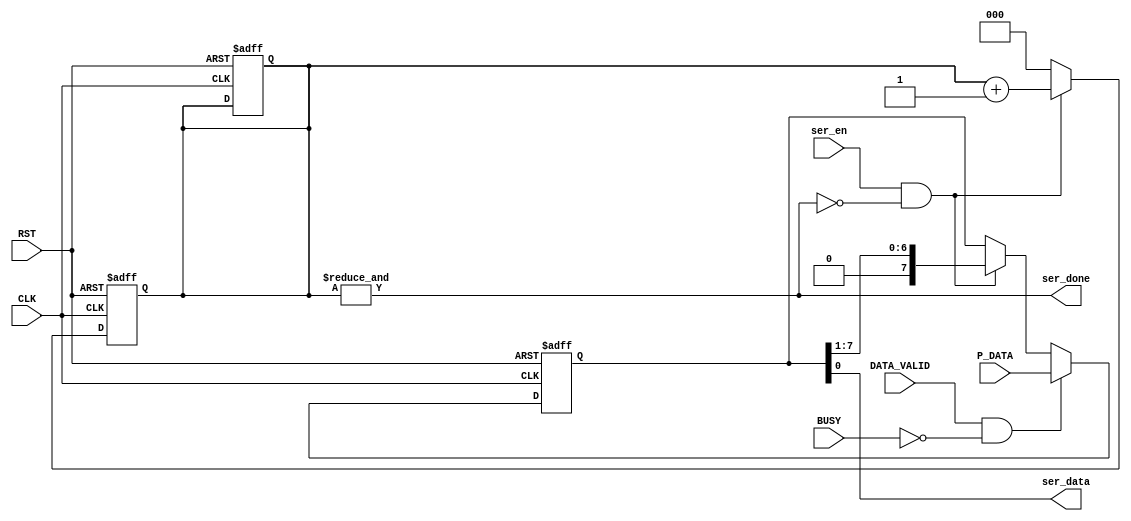
module Serializer #(parameter IN_data =8,
                              count_bit=3)(
input wire CLK,RST,
input wire ser_en,DATA_VALID,BUSY,
input wire [IN_data-1:0] P_DATA,
output  ser_done,ser_data
);


reg [count_bit-1:0] counter;
reg [IN_data-1:0]   SR; //shift register
assign ser_done=&counter;
assign ser_data=SR[0];

always @(posedge CLK or negedge RST)
begin
  if(!RST) begin
    counter<=0;
    SR<='d0;
  end
  else if(DATA_VALID && (!BUSY) )
      begin
        SR<=P_DATA;
        end
  else if(ser_en && !ser_done)
    begin
      SR<= {1'b0,SR[IN_data-1:1]};
      end
end

always@(posedge CLK or negedge RST)
begin
  if(!RST)
        counter<=0;
  else if(!ser_done && ser_en)
    counter<=counter+1;
  else
    counter<=0;
end

endmodule